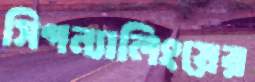
সিগন্যালিংয়ের